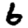
Digit: 6